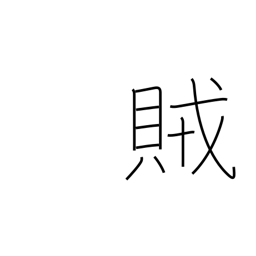
Meaning: rebel